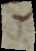
n